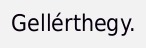
Gellérthegy.